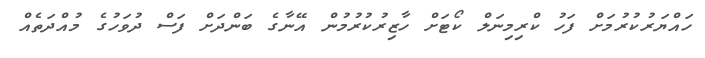
ހައްޔަރުކުރުމަށް ފަހު ކްރިމިނަލް ކޯޓަށް ހާޒިރުކުރުމުން އޭނާގެ ބަންދަށް ފަސް ދުވަހުގެ މުއްދަތެއް